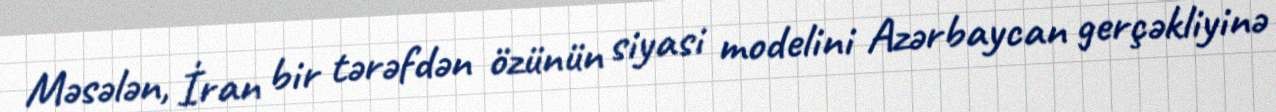
Məsələn, İran bir tərəfdən özünün siyasi modelini Azərbaycan gerçəkliyinə